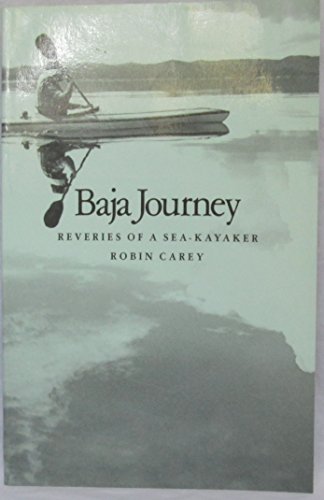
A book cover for Baja Journey: Reveries of a Sea-Kayaker; Robin Carey; Sports & Outdoors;